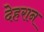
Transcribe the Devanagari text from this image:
देहरान